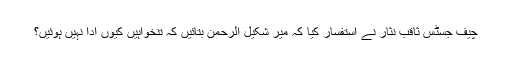
چیف جسٹس ثاقب نثار نے استفسار کیا کہ میر شکیل الرحمن بتائیں کہ تنخواہیں کیوں ادا نہیں ہوئیں؟